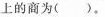
上的商为()。